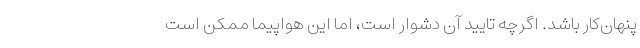
پنهان‌کار باشد. اگرچه تایید آن دشوار است، اما این هواپیما ممکن است